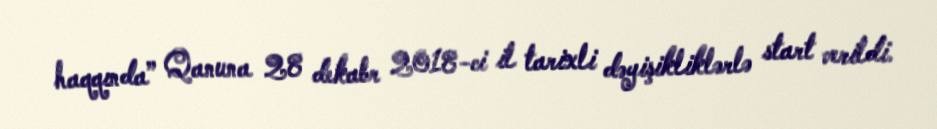
haqqında” Qanuna 28 dekabr 2018-ci il tarixli dəyişikliklərlə start verildi.